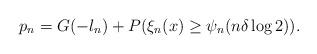
LaTeX: \begin{align*}p_n=G(-l_n)+P(\xi_n(x)\geq \psi_n(n\delta\log 2)).\end{align*}